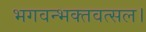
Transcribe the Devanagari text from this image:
भगवन्भक्तवत्सल।